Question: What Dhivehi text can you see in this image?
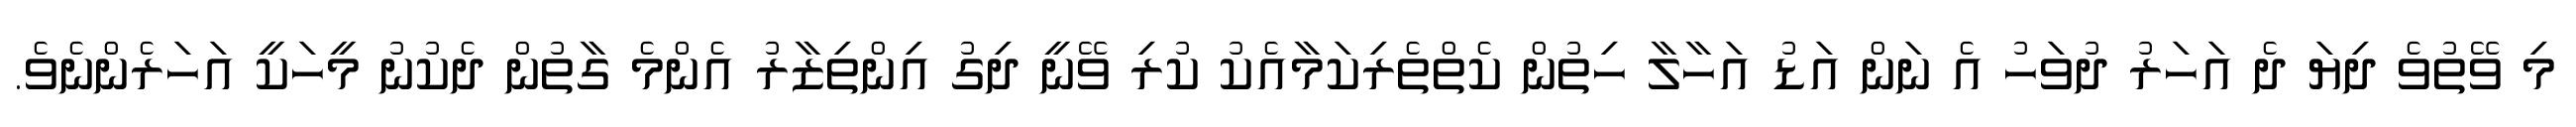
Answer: މި ވޭތުވެ ދިޔަ ދެ އަހަރު ދުވަހު އެ ނަން އަޑު އަހާލާ ހިތުން ކެތްތެރިކަމާއެކު ކުރި ވޭނީ ދިގު އިންތިޒާރު އެންމެ ގާތުން ދެކުނު މީހަކީ އަހަރެންނެވެ.